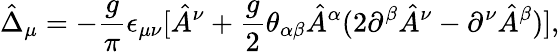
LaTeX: \hat{\Delta}_{\mu}=-{\frac{g}{\pi}}\epsilon_{\mu\nu}[\hat{A}^{\nu}+{\frac{g}{2}}\theta_{\alpha\beta}\hat{A}^{\alpha}(2\partial^{\beta}\hat{A}^{\nu}-\partial^{\nu}\hat{A}^{\beta})],